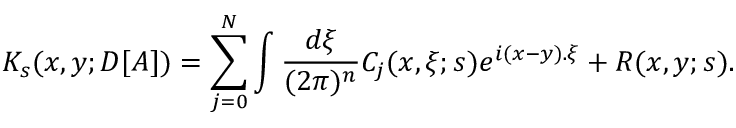
K _ { s } ( x , y ; D [ A ] ) = \sum _ { j = 0 } ^ { N } \int \frac { d \xi } { ( 2 \pi ) ^ { n } } C _ { j } ( x , \xi ; s ) e ^ { i ( x - y ) . \xi } + R ( x , y ; s ) .